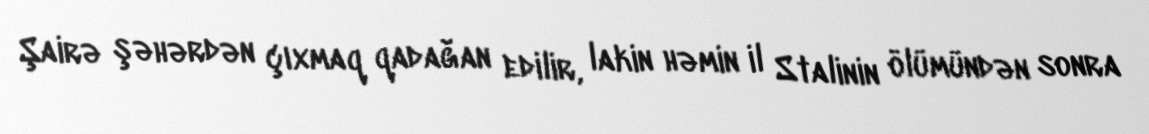
Şairə şəhərdən çıxmaq qadağan edilir, lakin həmin il Stalinin ölümündən sonra